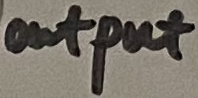
Text: output